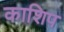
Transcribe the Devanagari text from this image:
काशिप